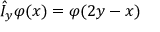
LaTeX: \hat { I } _ { y } \varphi ( x ) = \varphi ( 2 y - x )